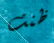
ظنت